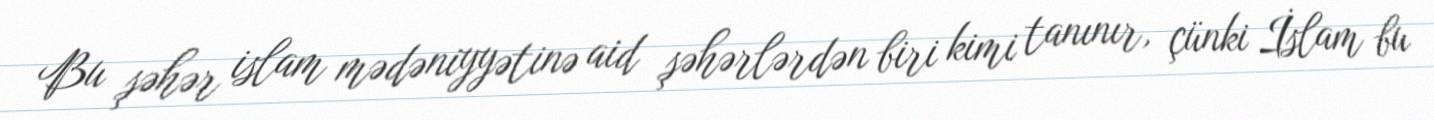
Bu şəhər islam mədəniyyətinə aid şəhərlərdən biri kimi tanınır, çünki İslam bu